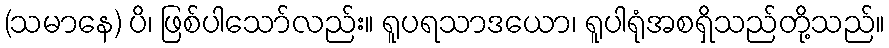
(သမာနေ) ပိ၊ ဖြစ်ပါသော်လည်း။ ရူပရသာဒယော၊ ရူပါရုံအစရှိသည်တို့သည်။